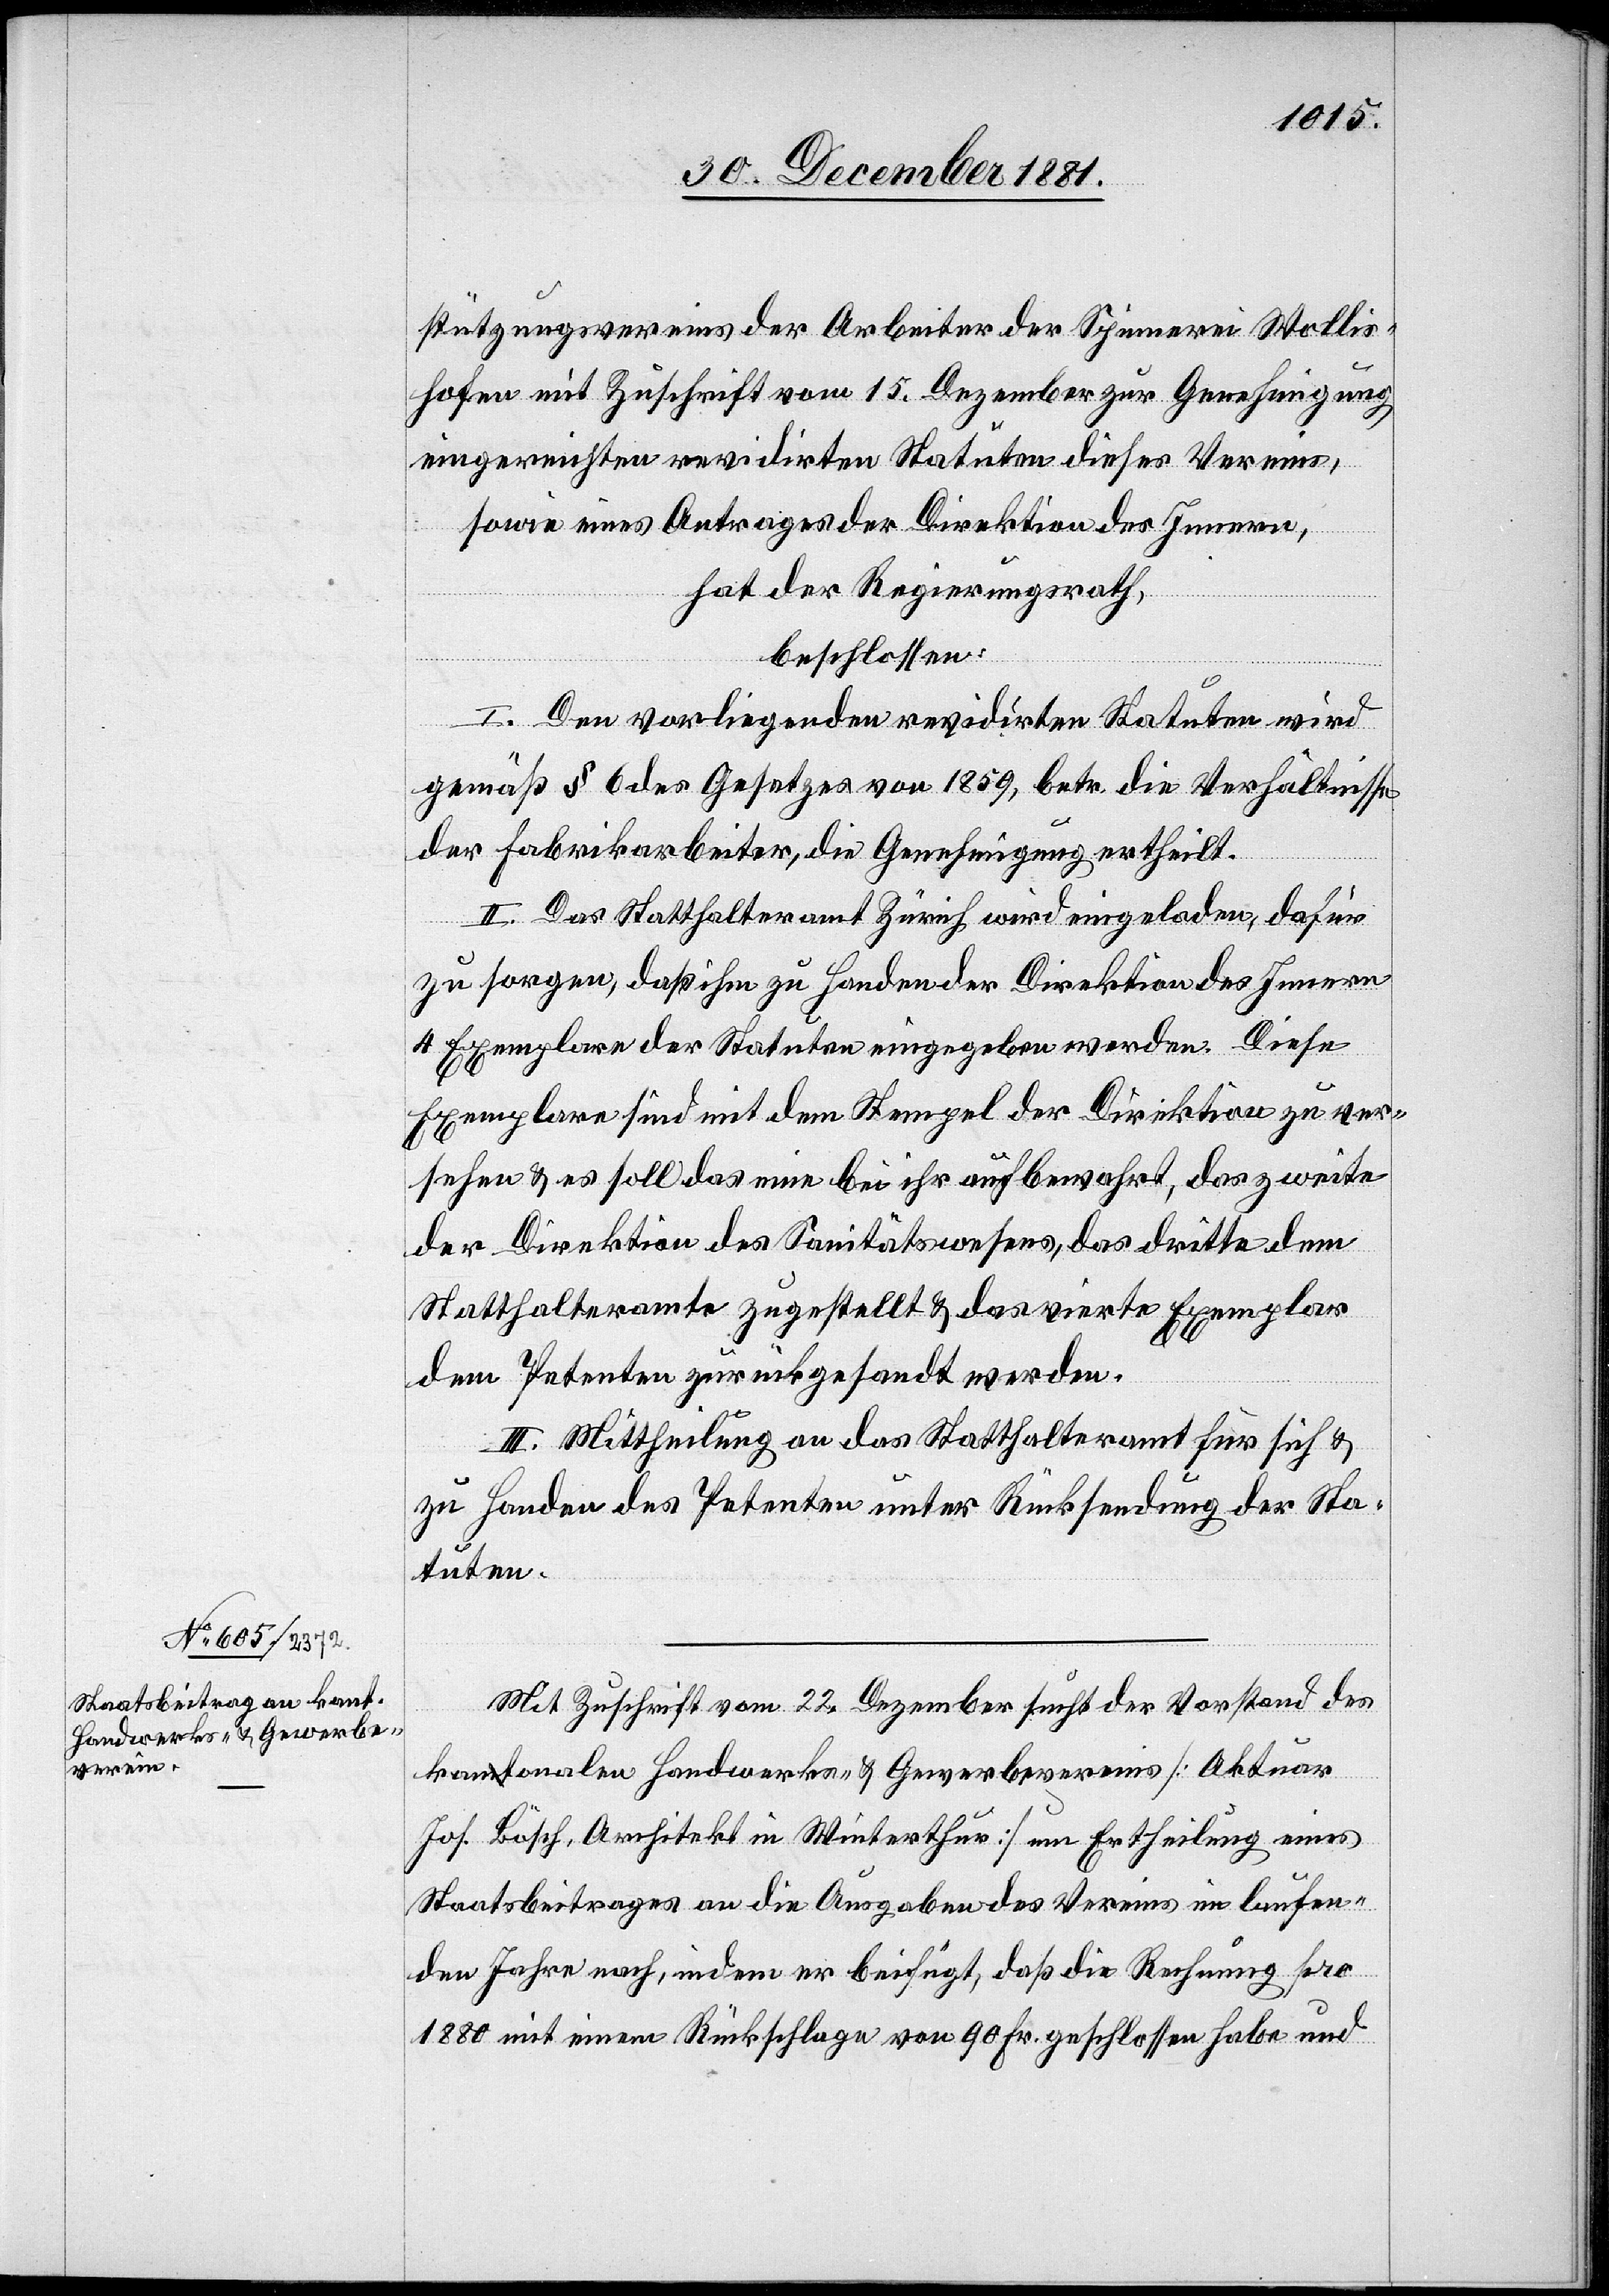
stützungsvereins der Arbeiter der Spinnerei Wollis¬
hofen mit Zuschrift vom 15. Dezember zur Genehmigung
eingereichten revidirten Statuten dieses Vereins,
sowie eines Antrages der Direktion des Innern,
hat der Regierungsrath,
beschlossen:
I. Den vorliegenden revidirten Statuten wird
gemäß § 6 des Gesetzes von 1859, betr. die Verhältnisse
der Fabrikarbeiter, die Genehmigung ertheilt.
II. Das Statthalteramt Zürich wird eingeladen, dafür
zu sorgen, daß ihm zu Handen der Direktion des Innern
4 Exemplare der Statuten eingegeben werden. Diese
Exemplare sind mit dem Stempel der Direktion zu ver¬
sehen & es soll das eine bei ihr aufbewahrt, das zweite
der Direktion des Sanitätswesens, das dritte dem
Statthalteramte zugestellt & das vierte Exemplar
dem Petenten zurückgesandt werden.
III. Mittheilung an das Statthalteramt für sich &
zu Handen des Petenten unter Rücksendung der Sta¬
tuten.
Mit Zuschrift vom 22. Dezember sucht der Vorstand des
kantonalen Handwerks- & Gewerbevereins [Aktuar
Jos. Bösch, Architekt in Winterthur] um Ertheilung eines
Staatsbeitrages an die Ausgaben des Vereins im laufen¬
den Jahre nach, indem er beifügt, daß die Rechnung pro
1880 mit einem Rückschlage von 90 Fr. geschlossen habe und